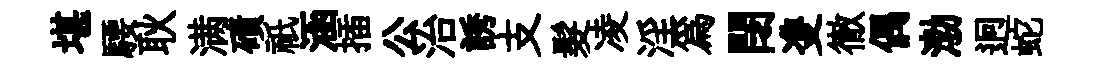
堪騕耿满磧祇涵插公治誘支髮凌淫爲閉㕠徹偶渤迥蛇